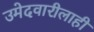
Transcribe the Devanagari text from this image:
उमेदवारीलाही